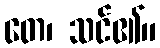
တေ၊ သင်၏။